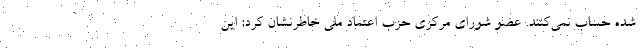
شده حساب نمی‌کنند. عضو شورای مرکزی حزب اعتماد ملی خاطرنشان کرد: این